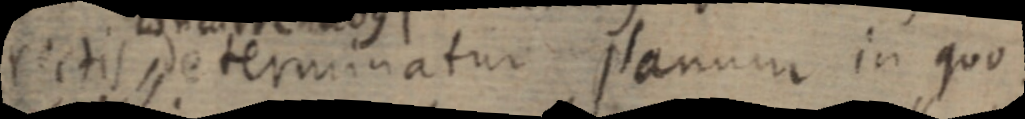
rectis determinatur planum in quo